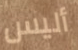
أليس